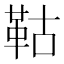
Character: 𩊉